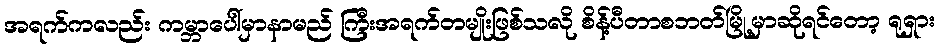
အရက်ကလည်း ကမ္ဘာပေါ်မှာနာမည် ကြီးအရက်တမျိုးဖြစ်သလို စိန့်ပီတာစဘတ်မြို့မှာဆိုရင်တော့ ရုရှား